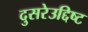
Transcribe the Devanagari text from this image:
दुसरेउद्दिष्ट